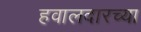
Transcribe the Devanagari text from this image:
हवालदारच्या